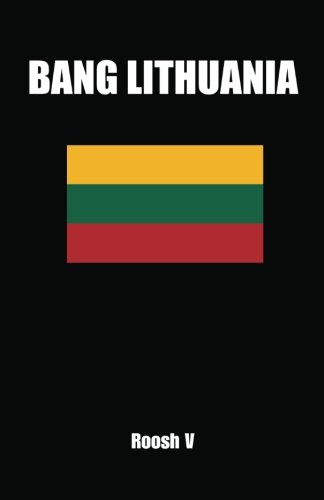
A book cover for Bang Lithuania: How To Sleep With Lithuanian Women In Lithuania; Roosh V; Travel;